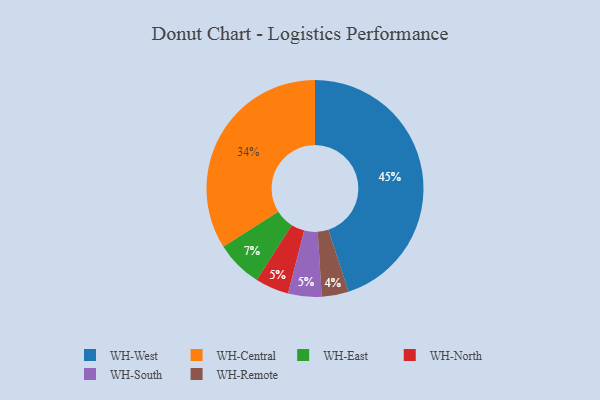
{"axis": {"x": "Category", "y": "Percentage"}, "legend": ["WH-Central", "WH-East", "WH-North", "WH-Remote", "WH-South", "WH-West"], "data": [{"x": "WH-Central", "y": 34, "type": "WH-Central"}, {"x": "WH-West", "y": 45, "type": "WH-West"}, {"x": "WH-East", "y": 7, "type": "WH-East"}, {"x": "WH-North", "y": 5, "type": "WH-North"}, {"x": "WH-Remote", "y": 4, "type": "WH-Remote"}, {"x": "WH-South", "y": 5, "type": "WH-South"}]}